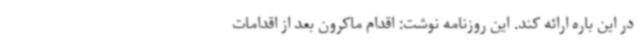
در این باره ارائه کند. این روزنامه نوشت: اقدام ماکرون بعد از اقدامات